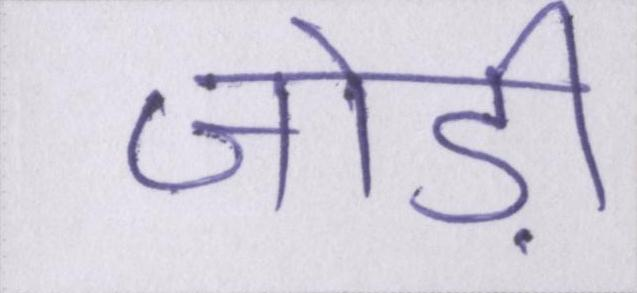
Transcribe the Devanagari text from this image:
जोड़ी